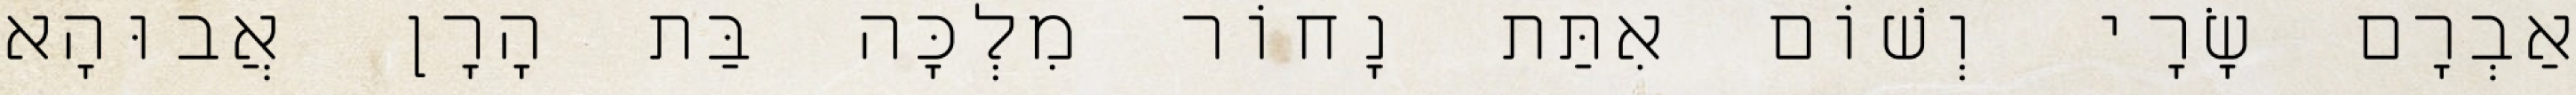
אַבְרָם שָׂרָי וְשׁוֹם אִתַּת נָחוֹר מִלְכָּה בַּת הָרָן אֲבוּהָא